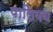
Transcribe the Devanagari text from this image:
पालियथ